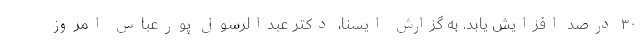
۳۰ درصد افزایش یابد. به گزارش ایسنا، دکتر عبدالرسول پورعباس امروز